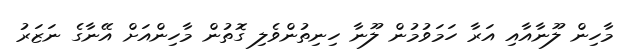
މާހިން ލޫނާއާއި އަރާ ހަމަވުމުން ލޫނާ ހިނިތުންވެލި ގޮތުން މާހިންއަށް އޭނާގެ ނަޒަރު